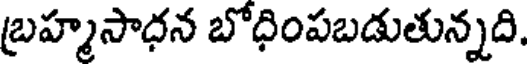
బ్రహ్మసాధన బోధింపబడుతున్నది.